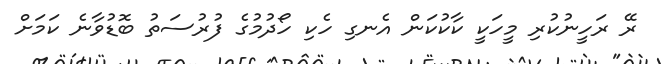
ރޭ ރަހީނުކުރި މީހަކީ ކާކުކަން އެނގި ހެކި ހޯދުމުގެ ފުރުސަތު ބޮޑުވާނެ ކަމަށް